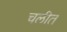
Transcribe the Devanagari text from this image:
चलीत